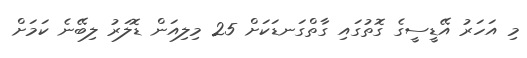
މި އަހަރު އޭޑީސީގެ ގޮތުގައި ގާތްގަނޑަކަށް 25 މިލިއަން ޑޮލަރު ލިބޭނެ ކަމަށް